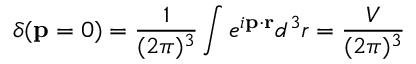
\delta ( \mathbf { p } = 0 ) = \frac { 1 } { ( 2 \pi ) ^ { 3 } } \int e ^ { i \mathbf { p } \cdot \mathbf { r } } d ^ { 3 } r = \frac { \cal { V } } { ( 2 \pi ) ^ { 3 } }